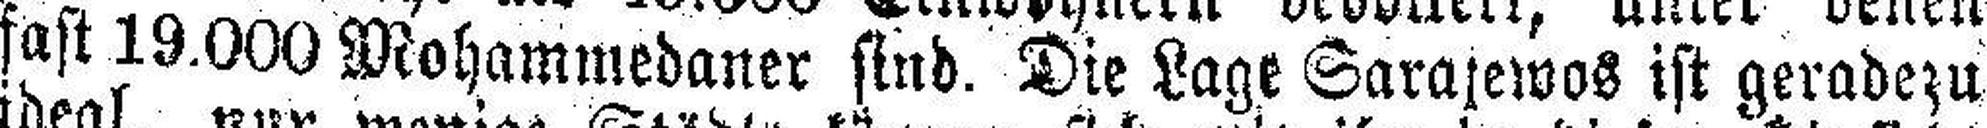
fast 19.000 Mohammedaner sind. Die Lage Sarajewos ist geradezu